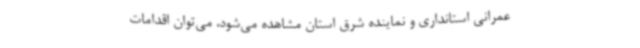
عمرانی استانداری و نماینده شرق استان مشاهده می‌شود، می‌توان اقدامات